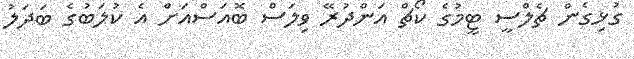
ގުޅިގެން ޗެލްސީ ޓީމުގެ ކޯޗް އަންދުރޭ ވިލަސް ބޮއަސްއަށް އެ ކުލަބުގެ ބަދަލު